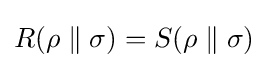
R(\rho \parallel \sigma )=S(\rho \parallel \sigma )